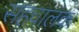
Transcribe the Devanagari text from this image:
सहचालक